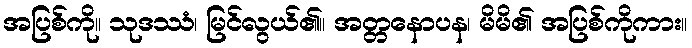
အပြစ်ကို။ သုဒဿံ၊ မြင်လွယ်၏။ အတ္တနောပန၊ မိမိ၏ အပြစ်ကိုကား။